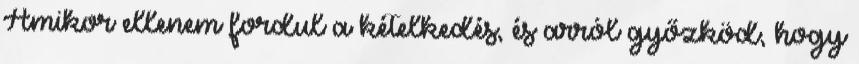
Amikor ellenem fordul a kételkedés, és arról győzköd, hogy